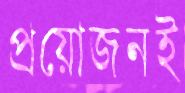
প্রয়োজনই